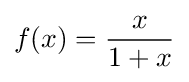
f(x)={\frac {x}{1+x}}